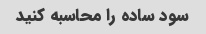
سود ساده را محاسبه کنید